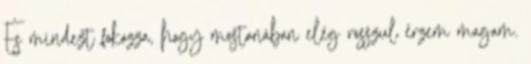
És mindezt fokozza, hogy mostanában elég rosszul érzem magam.